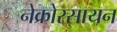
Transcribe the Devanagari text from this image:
नेक्रोरसायन